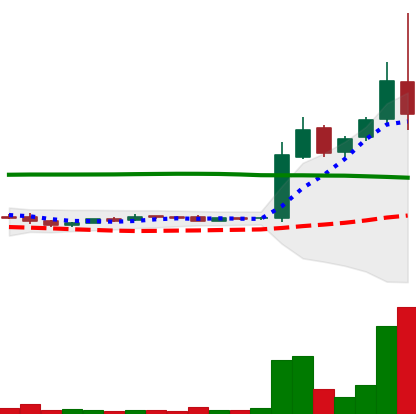
Ticker: LTC-USD
Chart end date: 2015-11-04
Forward return: -19.706%
Label: down_7plus